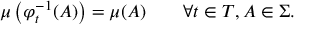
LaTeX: \mu \left( \varphi _ { t } ^ { - 1 } ( A ) \right) = \mu ( A ) \qquad \forall t \in T , A \in \Sigma .